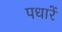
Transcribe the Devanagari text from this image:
पधारें